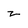
Character: z